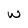
Character: w